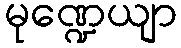
မုဏ္ဍေယျာ